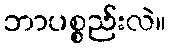
ဘာပစ္စည်းလဲ။